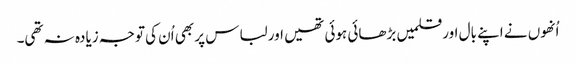
اُنھوں نے اپنے بال اورقلمیں بڑھائی ہوئی تھیں اور لباس پر بھی اُن کی توجہ زیادہ نہ تھی۔